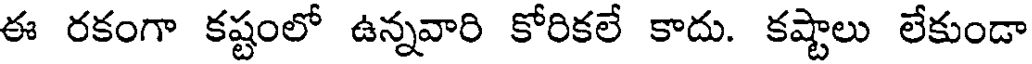
ఈ రకంగా కష్టంలో ఉన్నవారి కోరికలే కాదు. కష్టాలు లేకుండా